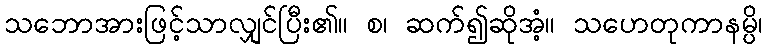
သဘောအားဖြင့်သာလျှင်ပြီး၏။ စ၊ ဆက်၍ဆိုအံ့။ သဟေတုကာနမ္ပိ၊